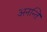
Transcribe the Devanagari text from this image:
अनन्ति